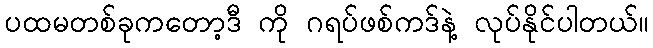
ပထမတစ်ခုကတော့ဒီ ကို ဂရပ်ဖစ်ကဒ်နဲ့ လုပ်နိုင်ပါတယ်။